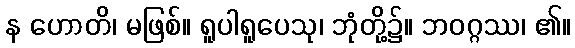
န ဟောတိ၊ မဖြစ်။ ရူပါရူပေသု၊ ဘုံတို့၌။ ဘဝဂ္ဂဿ၊ ၏။